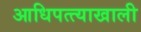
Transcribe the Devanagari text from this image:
आधिपत्त्याखाली